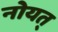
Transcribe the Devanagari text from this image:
नोयत्